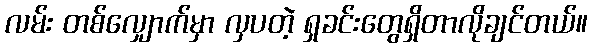
လမ်း တစ်လျှောက်မှာ လှပတဲ့ ရှခင်းတွေရှိတာလိုချင်တယ်။